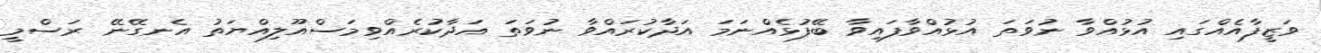
ވަޒީފާއެއްގައި އުޅުއްވާ ނުވަތަ އުޅުއްވާފައިވާ ބޭފުޅެއްނަމަ އަދާކުރައްވާ ނުވަތަ އަދާކުރެއްވިމަސްއޫލިއްޔަތު އެނގޭނޭ ރަސްމީ